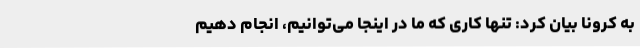
به کرونا بیان کرد: تنها کاری که ما در اینجا می‌توانیم، انجام دهیم